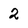
Character: 2